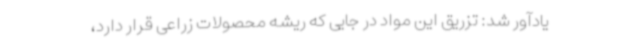
یادآور شد: تزریق این مواد در جایی که ریشه محصولات زراعی قرار دارد،